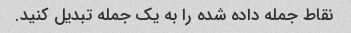
نقاط جمله داده شده را به یک جمله تبدیل کنید.